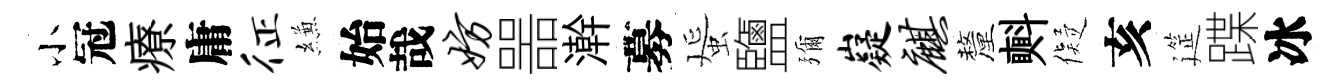
小冠療庸征縑始哉妨噐澣募蜑鹽彌嶷麒釐㪺儗亥筵蹀冰